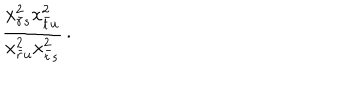
LaTeX: \displaystyle { \frac { x _ { \bar { r } s } ^ { 2 } x _ { \bar { t } u } ^ { 2 } } { x _ { \bar { r } u } ^ { 2 } x _ { \bar { t } s } ^ { 2 } } } \, .